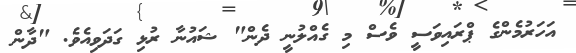
އަހަރުމެންގެ ޕްރައިވަސީ ވެސް މި ގެއްލުނީ ދެން" ޝައުނާ ރުޅި ގަދަވިއެވެ. "ދާން